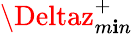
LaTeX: \Deltaz_{m\mathbf{i}n}^{+}